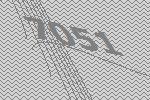
7051